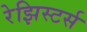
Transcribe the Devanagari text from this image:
रेझिस्टर्स